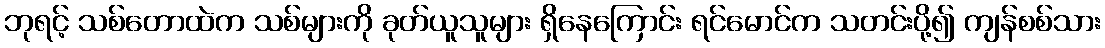
ဘုရင့် သစ်တောထဲက သစ်များကို ခုတ်ယူသူများ ရှိနေကြောင်း ရင်မောင်က သတင်းပို့၍ ကျန်စစ်သား